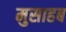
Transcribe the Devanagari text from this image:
मुसाहब